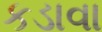
કડાવા